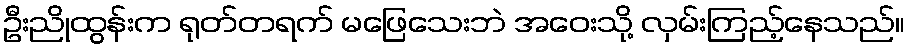
ဦးညိုထွန်းက ရုတ်တရက် မဖြေသေးဘဲ အဝေးသို့ လှမ်းကြည့်နေသည်။